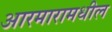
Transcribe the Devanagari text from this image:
आरमारामधील